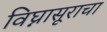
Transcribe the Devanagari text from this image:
विघ्नासूराचा